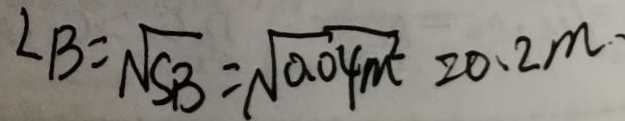
\angle B = \sqrt { S B } = \sqrt { 0 . 0 4 m ^ { 2 } } = 0 . 2 m .